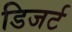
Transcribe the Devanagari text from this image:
डिजर्ट